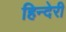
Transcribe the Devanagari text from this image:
हिन्देरी